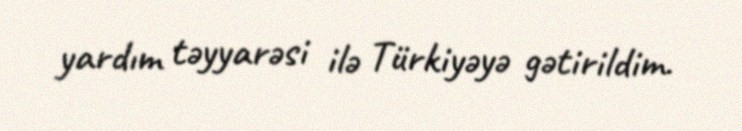
yardım təyyarəsi ilə Türkiyəyə gətirildim.